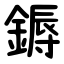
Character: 鎒